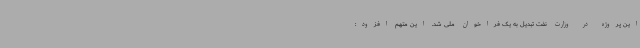
این پروژه در وزارت نفت تبدیل به یک فراخوان ملی شد. این متهم افزود: